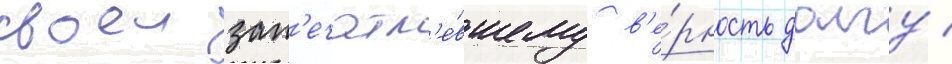
своеи зап'ечатл'е́вшему в'е́рность долгу